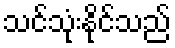
သင်သုံးနိုင်သည်